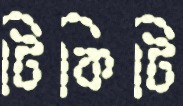
টিকিটি